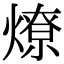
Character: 燎